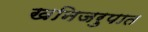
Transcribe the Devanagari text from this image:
खनिजरुपात